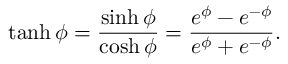
\operatorname { t a n h } \phi = { \frac { \sinh \phi } { \cosh \phi } } = { \frac { e ^ { \phi } - e ^ { - \phi } } { e ^ { \phi } + e ^ { - \phi } } } .